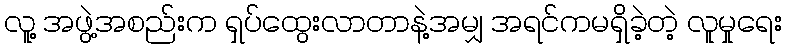
လူ့ အဖွဲ့အစည်းက ရှပ်ထွေးလာတာနဲ့အမျှ အရင်ကမရှိခဲ့တဲ့ လူမှုရေး